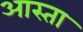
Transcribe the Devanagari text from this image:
आस्ता